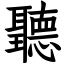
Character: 聽